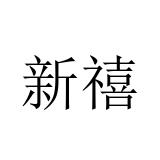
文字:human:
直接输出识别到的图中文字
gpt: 新禧